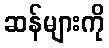
ဆန်များကို